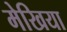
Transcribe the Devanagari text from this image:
मेखिया